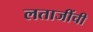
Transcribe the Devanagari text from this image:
लताजींची